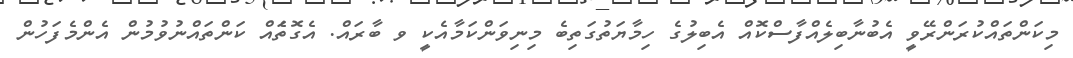
މިކަންތައްކުރަންރޭވީ އެބުނާބިލެއްފާސްކޮއް އެބިލުގެ ހިމާޔަތުގަތިބެ މިނިވަންކަމާއެކީ ވ ބާރައް. އެގޮތަެއް ކަންތައްނުވުމުން އެންމެފަހުން